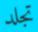
تجلد